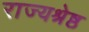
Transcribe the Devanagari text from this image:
राज्यश्रेष्ठ